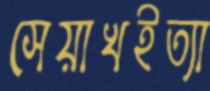
সেয়াখইত্যা